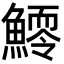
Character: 𩻆